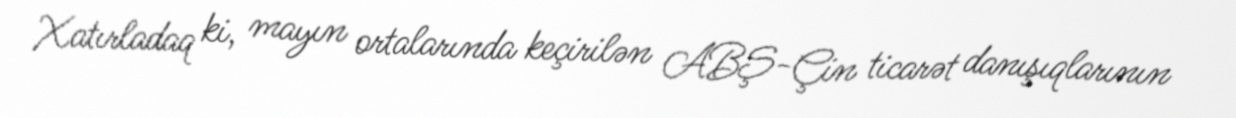
Xatırladaq ki, mayın ortalarında keçirilən ABŞ-Çin ticarət danışıqlarının